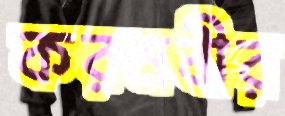
করমবীর